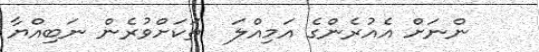
ންނަށް އެއުރެންގެ އަމިއްލަ  ތަކަށްވުރެން ނަބިއްޔާ